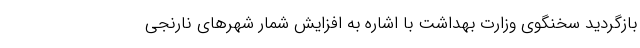
بازگردید سخنگوی وزارت بهداشت با اشاره به افزایش شمار شهرهای نارنجی